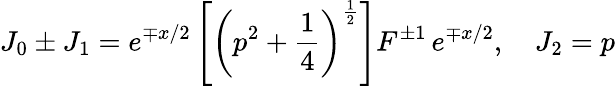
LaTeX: J_{0}\pm J_{1}=e^{\mp x/2}\left[\left(p^{2}+\frac 14\right)^{\frac 12}\right]F^{\pm 1}\, e^{\mp x/2},\quad J_{2}=p